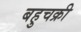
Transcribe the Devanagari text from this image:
बहुचक्री